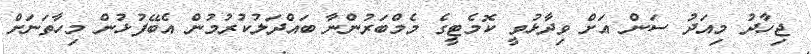
ޖިހާދު މިއަދު ސަން އަށް ވިދާޅުވީ ކޮމެޓީގެ މެމްބަރުންނާ ބައްދަލުކުރުމުން އެބޭފުޅުން މިހާތަނަށް